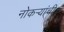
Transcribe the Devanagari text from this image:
नोकर्‍यांची